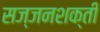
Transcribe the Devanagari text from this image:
सज्जनशक्ती